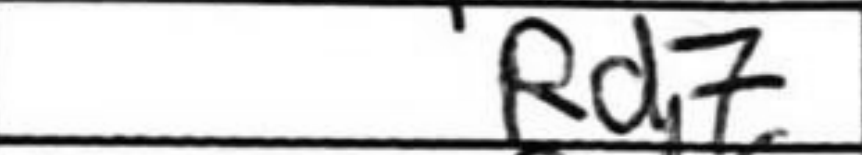
Transcription: Rd7